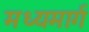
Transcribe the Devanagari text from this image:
मध्‍यमार्ग